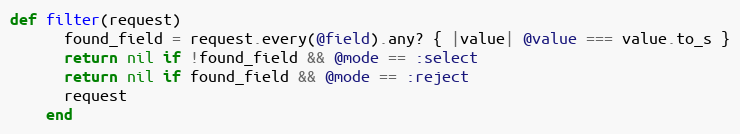
Language: Ruby
def filter(request)
      found_field = request.every(@field).any? { |value| @value === value.to_s }
      return nil if !found_field && @mode == :select
      return nil if found_field && @mode == :reject
      request
    end